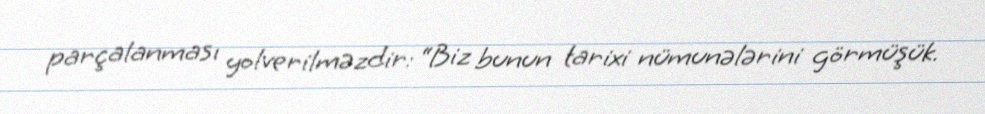
parçalanması yolverilməzdir: “Biz bunun tarixi nümunələrini görmüşük.